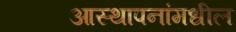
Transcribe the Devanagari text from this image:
आस्थापनांमधील